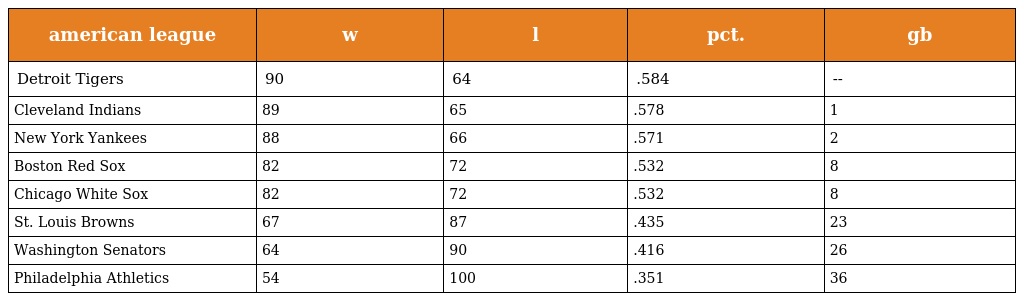
| american league | w | l | pct. | gb |
 | --- | --- | --- | --- | --- |
 | Detroit Tigers | 90 | 64 | .584 | -- |
 | Cleveland Indians | 89 | 65 | .578 | 1 |
 | New York Yankees | 88 | 66 | .571 | 2 |
 | Boston Red Sox | 82 | 72 | .532 | 8 |
 | Chicago White Sox | 82 | 72 | .532 | 8 |
 | St. Louis Browns | 67 | 87 | .435 | 23 |
 | Washington Senators | 64 | 90 | .416 | 26 |
 | Philadelphia Athletics | 54 | 100 | .351 | 36 |